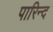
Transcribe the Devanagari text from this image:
पारिन्द